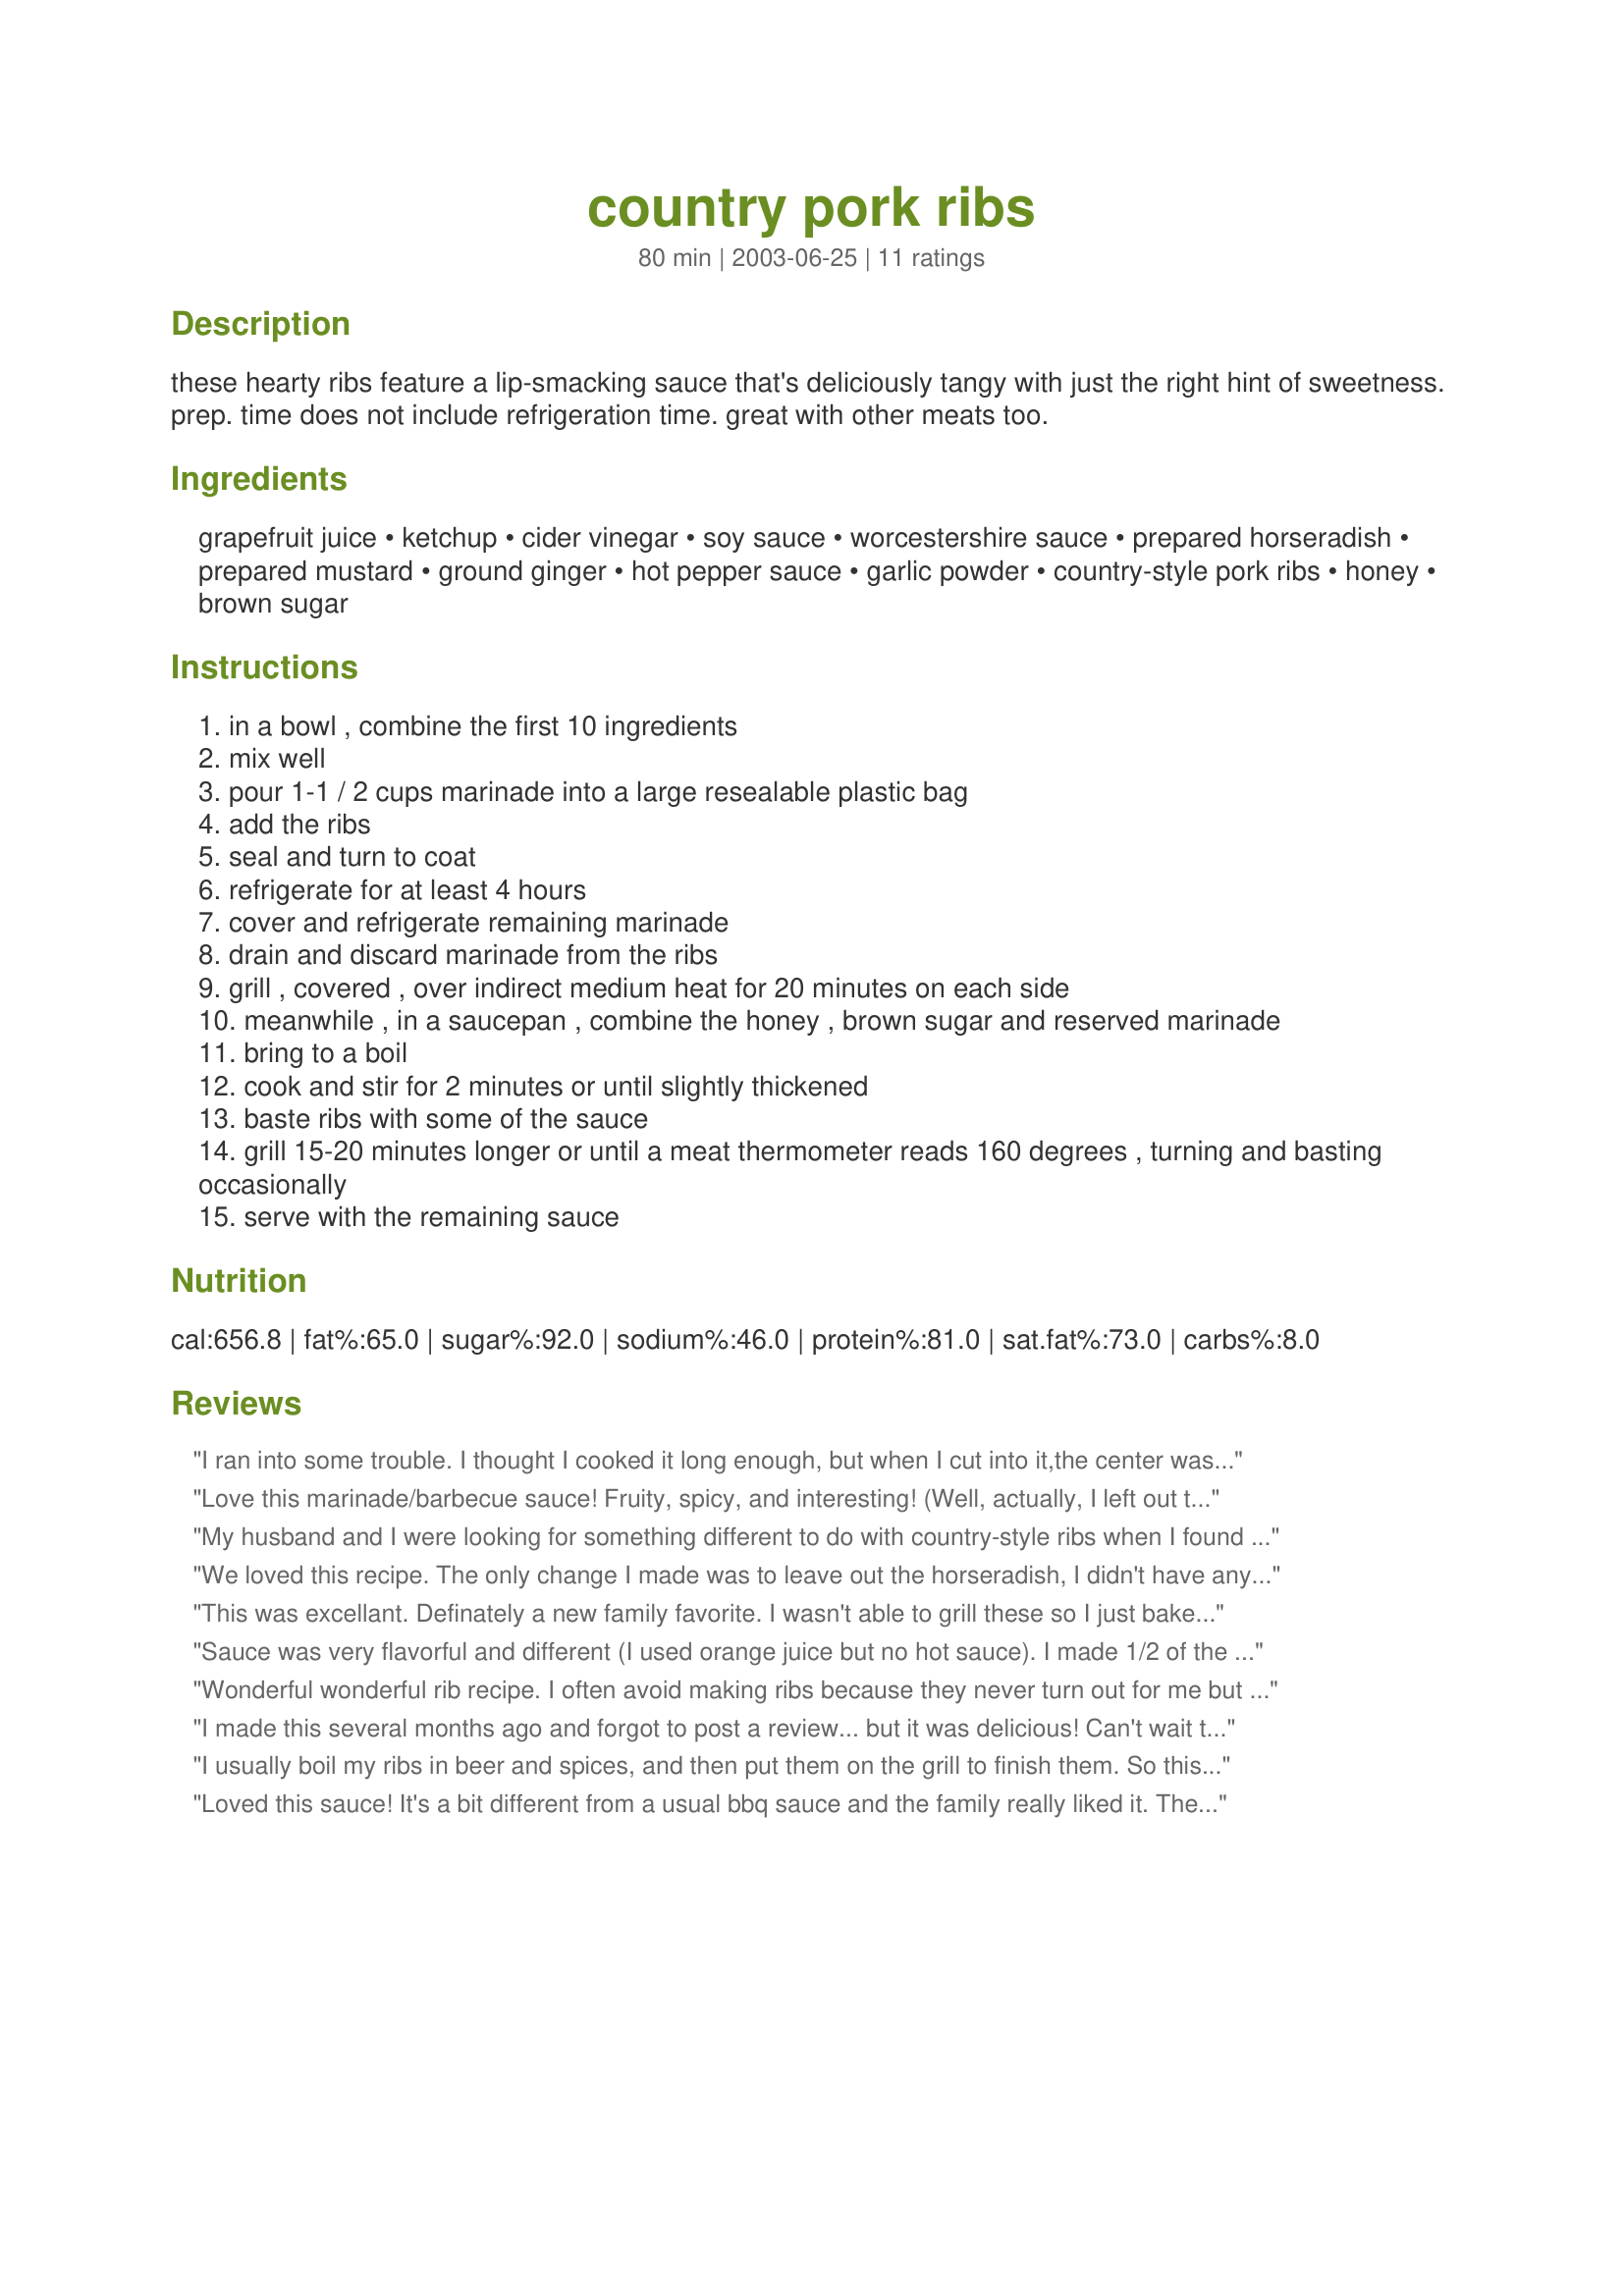
country pork ribs
Preparation time: 80 minutes

these hearty ribs feature a lip-smacking sauce that's deliciously tangy with just the right hint of sweetness. prep. time does not include refrigeration time. great with other meats too.

Ingredients:
grapefruit juice, ketchup, cider vinegar, soy sauce, worcestershire sauce, prepared horseradish, prepared mustard, ground ginger, hot pepper sauce, garlic powder, country-style pork ribs, honey, brown sugar

Steps:
in a bowl , combine the first 10 ingredients
mix well
pour 1-1 / 2 cups marinade into a large resealable plastic bag
add the ribs
seal and turn to coat
refrigerate for at least 4 hours
cover and refrigerate remaining marinade
drain and discard marinade from the ribs
grill , covered , over indirect medium heat for 20 minutes on each side
meanwhile , in a saucepan , combine the honey , brown sugar and reserved marinade
bring to a boil
cook and stir for 2 minutes or until slightly thickened
baste ribs with some of the sauce
grill 15-20 minutes longer or until a meat thermometer reads 160 degrees , turning and basting occasionally
serve with the remaining sauce

Reviews:
I ran into some trouble.
I thought I cooked it long enough, but when I cut into it,the center was still pink and raw. cooked it outside on the grill, but it was raining and so I just cut it and put it under the broiler for a few more minutes.
I loved the sauce. I used fresh grated ginger and it really gave the sauce some punch. I served it with white rice. I hope to try it again. PS my meat was really fatty so I hope I have better luck next time.
Love this marinade/barbecue sauce! Fruity, spicy, and interesting! (Well, actually, I left out the horseradish because I'm not fond of it - and it was even good without it!) Grilled them on the barbecue just as you suggested...mmmmm!
Thanks.
My husband and I were looking for something different to do with country-style ribs when I found this recipe. We LOVE it. In fact, whenever he makes it I ask him to make extra sauce, because it's so good. It's not your usual sticky-sweet or overly-smoky rib recipe. It's just incredibly good!
We loved this recipe. The only change I made was to leave out the horseradish, I didn't have any at the time. I also doubled the honey and brown sugar in the reserved marinade, not on purpose, I wasn't paying attention to what I was doing. It made the sauce sweeter, but still delicious. I will definitely make this recipe again, following exactly as written next time! Thanks!
This was excellant. Definately a new family favorite. I wasn't able to grill these so I just baked them in the oven and instead of discarding the marinade, I cooked the ribs in it. For the hot pepper sauce, I used Jimmy's Batch 81 Three Pepper Chili Sauce that my husband bought at the local Quiznos. I was out of honey (and my husband forgot to pick some up for me) so I didn't have any for the sauce but it was still really good. I cooked it until it was really thick like a good bbq sauce and then added some of the juices from the ribs to thin it down slightly for serving.
Sauce was very flavorful and different (I used orange juice but no hot sauce). I made 1/2 of the recipe and used 1/2 of that to cover 4 pounds of ribs as they cooked in crock pot for 8 hours. The portion I reserved was quite yummy made into the sauce I used for the &quot;pulled pork&quot; I had when the ribs were done cooking.
Wonderful wonderful rib recipe. I often avoid making ribs because they never turn out for me but these were excellent. Had to substitute cider vinegar for white due to my allergy, used dijon mustard, grated ginger & Braggs instead of soy sauce. I found the sauce a bit strong for the rice but was wonderful for the ribs. I doubled the recipe and have frozen chicken legs in the sauce. Ready when we are to cook :). Thanks much !
I made this several months ago and forgot to post a review... but it was delicious! Can't wait till the cold weather is over so we can pull out the BBQ and make them again. I am not usually a "saucy" gal, but this sauce has a lot of flavor and complements the ribs well.
I usually boil my ribs in beer and spices, and then put them on the grill to finish them. So this was new to me, to grill to completion! My hubby and I both loved the ribs, they were so tender! My bbq kept a temo of about 400*, and I basted the ribs towards the end with the bbq sauce. I loved the sauce! I scaled it down for just teh 2 of us. Didn't have ginger or garlic poweder...just used garlic. Everything else was the same. The sauce was aswesom, going to make some for some chick too! Thanks
Loved this sauce! It's a bit different from a usual bbq sauce and the family really liked it. The only difference is that I cooked my ribs at 300 degrees for 2 hours before I finished them off on the grill, brushing them with extra sauce, which I also boiled and served over cooked potatoes. MMMM -- all loved it!
Will definitely use this sauce again for many grilled foods.
Fantastic! These were wonderful and we'll definitely make them again although perhaps instead of marinating them I'll just toss them in the crockpot for 4-6 hours.. Made them with Paula Deen's Potato Bacon salad and it was fantastic! Thanks for posting.
